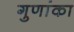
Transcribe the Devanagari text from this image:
गुणांका